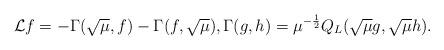
LaTeX: \begin{align*}\mathcal{L} f=-\Gamma(\sqrt\mu, f)-\Gamma(f,\sqrt\mu),\Gamma (g,h)=\mu^{-{1\over 2}}Q_L(\sqrt{\mu}g,\sqrt{\mu}h).\end{align*}